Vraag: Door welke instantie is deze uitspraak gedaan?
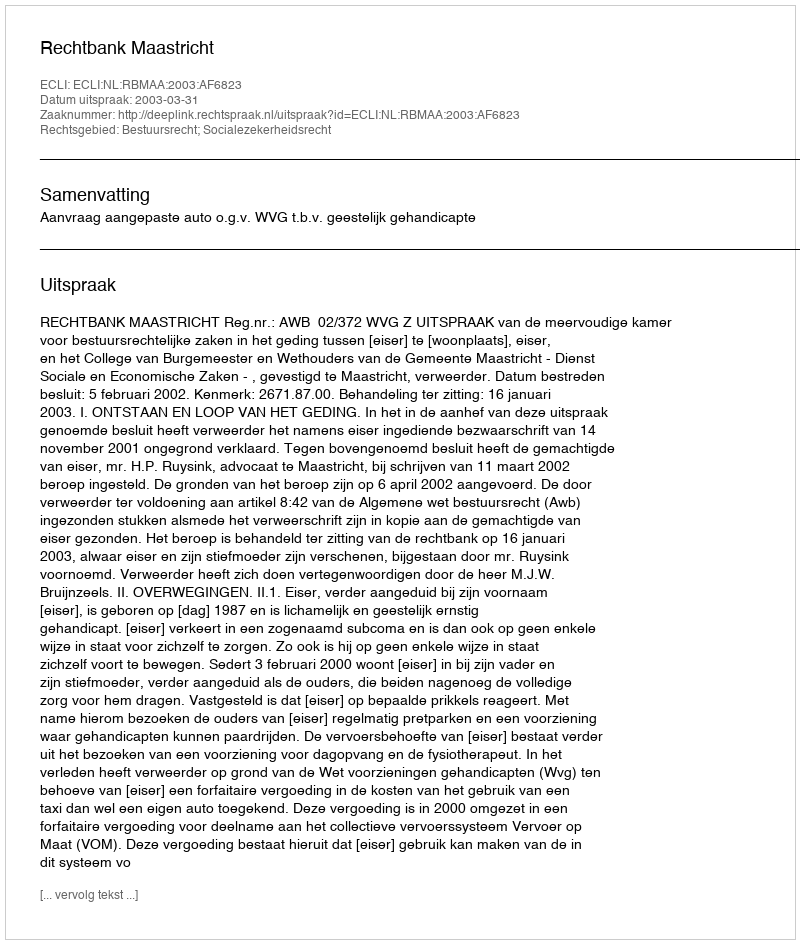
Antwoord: Rechtbank Maastricht